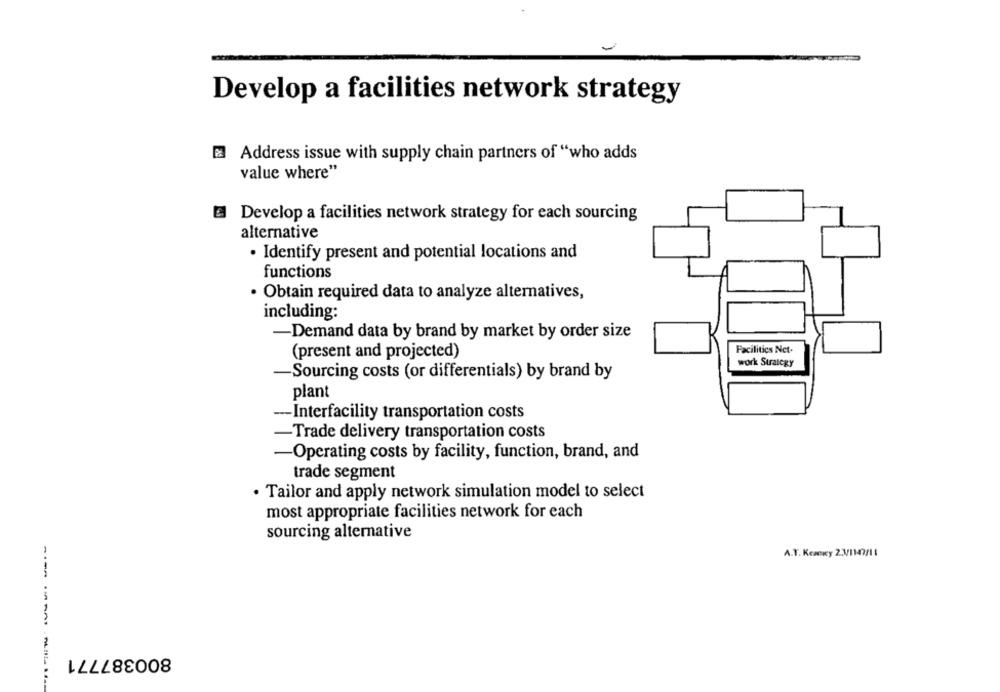
Develop a facilities network strategy
Address issue with supply chain partners of "who adds
value where"
Develop a facilities network strategy for each sourcing
alternative
· Identify present and potential locations and
functions
· Obtain required data to analyze alternatives,
including:
-Demand data by brand by market by order size
Facilities Net-
(present and projected)
work Straicgy
-Sourcing costs (or differentials) by brand by
plant
--- Interfacility transportation costs
-Trade delivery transportation costs
-Operating costs by facility, function, brand, and
trade segment
· Tailor and apply network simulation model to select
most appropriate facilities network for each
sourcing alternative
A.T. Kezeky 2.3/1147/11
800387771